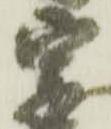
宗